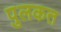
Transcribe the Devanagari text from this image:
पुलकत